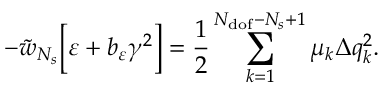
- \tilde { w } _ { N _ { s } } \Big [ \varepsilon + b _ { \varepsilon } \gamma ^ { 2 } \Big ] = \frac { 1 } { 2 } \sum _ { k = 1 } ^ { N _ { \mathrm { d o f } } - N _ { s } + 1 } { \mu _ { k } \Delta q _ { k } ^ { 2 } } .